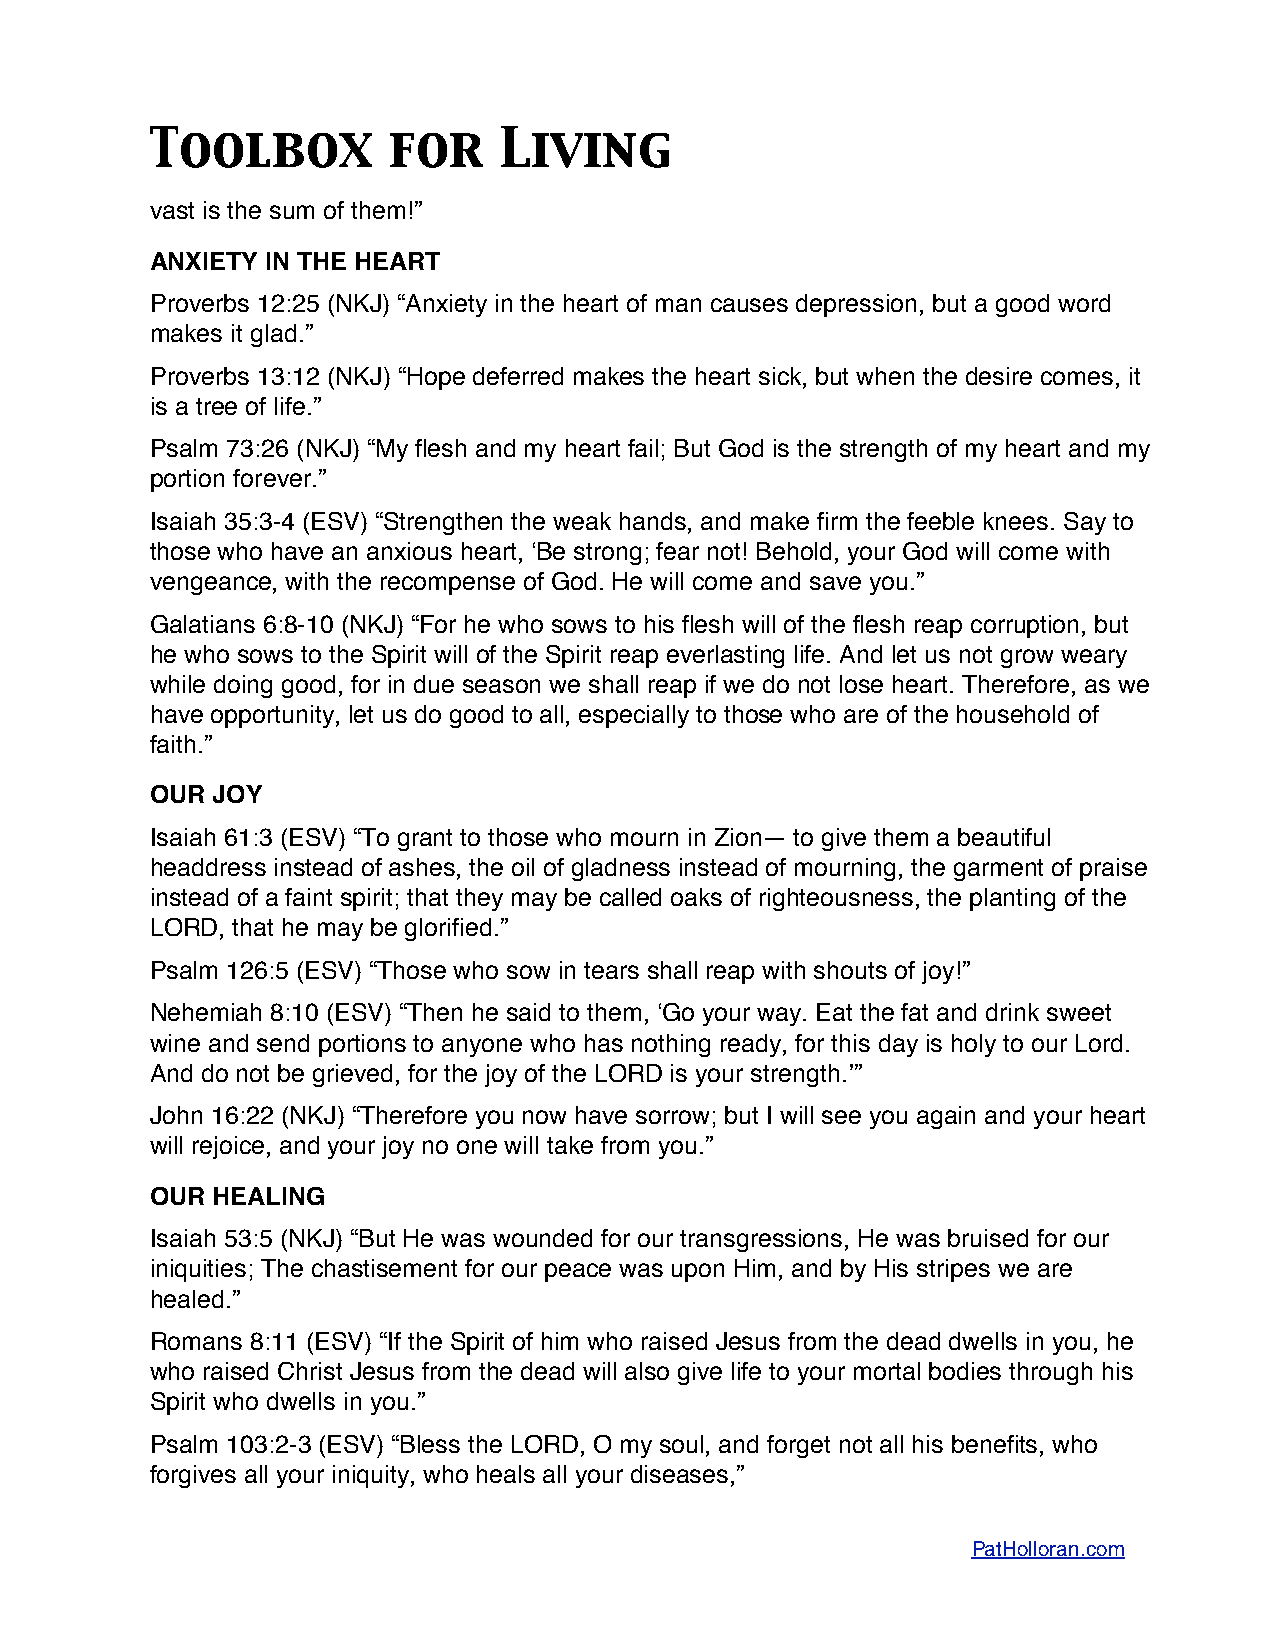
Toolbox         for    Living
 vast is the sum of them!”
 ANXIETY IN THE HEART
 Proverbs 12:25 (NKJ) “Anxiety in the heart of man causes depression, but a good word
 makes it glad.”
 Proverbs 13:12 (NKJ) “Hope deferred makes the heart sick, but when the desire comes, it
 is a tree of life.”
 Psalm 73:26 (NKJ) “My flesh and my heart fail; But God is the strength of my heart and my
 portion forever.”
 Isaiah 35:3-4 (ESV) “Strengthen the weak hands, and make firm the feeble knees. Say to
 those who have an anxious heart, ʻBe strong; fear not! Behold, your God will come with
 vengeance, with the recompense of God. He will come and save you.”
 Galatians 6:8-10 (NKJ) “For he who sows to his flesh will of the flesh reap corruption, but
 he who sows to the Spirit will of the Spirit reap everlasting life. And let us not grow weary
 while doing good, for in due season we shall reap if we do not lose heart. Therefore, as we
 have opportunity, let us do good to all, especially to those who are of the household of
 faith.”
 OUR JOY
 Isaiah 61:3 (ESV) “To grant to those who mourn in Zion— to give them a beautiful
 headdress instead of ashes, the oil of gladness instead of mourning, the garment of praise
 instead of a faint spirit; that they may be called oaks of righteousness, the planting of the
 LORD, that he may be glorified.”
 Psalm 126:5 (ESV) “Those who sow in tears shall reap with shouts of joy!”
 Nehemiah 8:10 (ESV) “Then he said to them, ʻGo your way. Eat the fat and drink sweet
 wine and send portions to anyone who has nothing ready, for this day is holy to our Lord.
 And do not be grieved, for the joy of the LORD is your strength.ʼ”
 John 16:22 (NKJ) “Therefore you now have sorrow; but I will see you again and your heart
 will rejoice, and your joy no one will take from you.”
 OUR HEALING
 Isaiah 53:5 (NKJ) “But He was wounded for our transgressions, He was bruised for our
 iniquities; The chastisement for our peace was upon Him, and by His stripes we are
 healed.”
 Romans 8:11 (ESV) “If the Spirit of him who raised Jesus from the dead dwells in you, he
 who raised Christ Jesus from the dead will also give life to your mortal bodies through his
 Spirit who dwells in you.”
 Psalm 103:2-3 (ESV) “Bless the LORD, O my soul, and forget not all his benefits, who
 forgives all your iniquity, who heals all your diseases,”
 PatHolloran.com